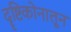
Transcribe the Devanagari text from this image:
दॄष्टिकोनातून